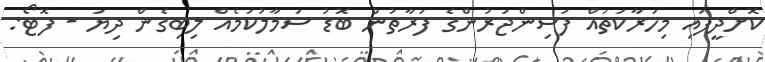
ކޮށްދީފައި މިހަރާކަތައް ފަސިންޖަރުންގެ ފަރާތުން ބޮޑު ސަމާލުކަމެއް ލިބިގެން ދިޔަ - ފޮޓޯ: